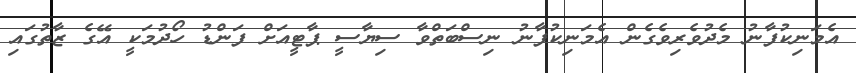
އެމަނިކުފާނު މެދުވެރިވެގެން އެމަނިކުފާނު ނިސްބަތްވާ ސިޔާސީ ޕާޓީއަށް ފަންޑު ހޯދުމަކީ އޭގެ ޒާތުގައި